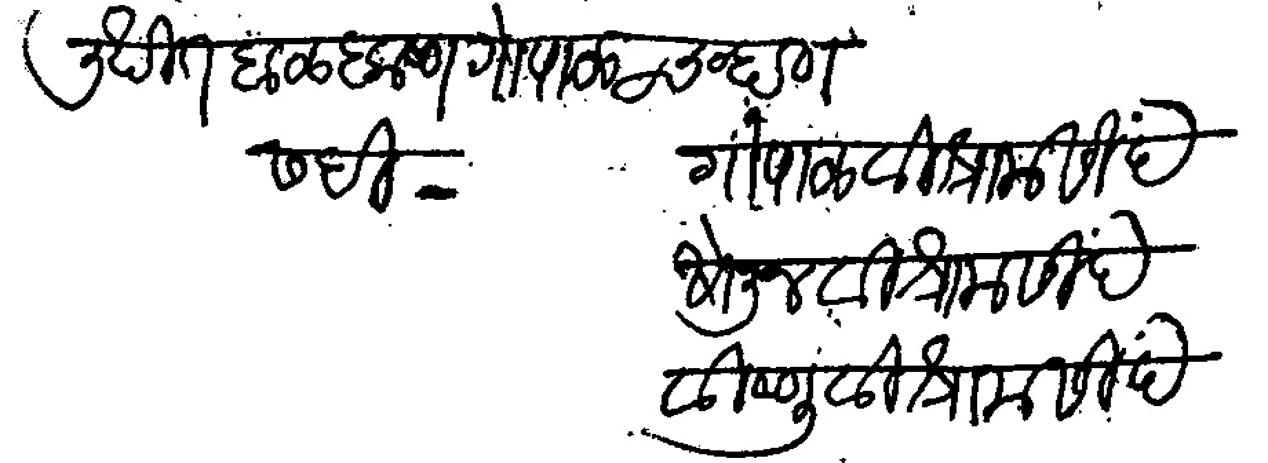
Transliteration (Devanagari): लिखीत बाळकृष्ण गोपाळ चव्हाण सही गोपाळ विश्राम सिंदे सोनू विश्राम सिंदे विष्णु विश्राम सिंदे